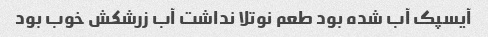
آیسپک آب شده بود طعم نوتلا نداشت آب زرشکش خوب بود